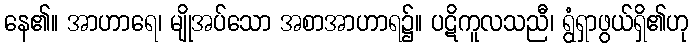
နေ၏။ အာဟာရေ၊ မျိုအပ်သော အစာအာဟာရ၌။ ပဋိကူလသညီ၊ ရွံရှာဖွယ်ရှိ၏ဟု